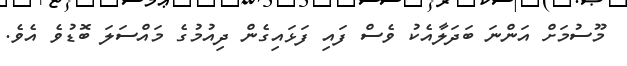
މޫސުމަށް އަންނަ ބަދަލާއެކު ވެސް ފައި ފަޅައިގެން ދިއުމުގެ މައްސަލަ ބޮޑުވެ އެވެ.